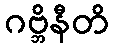
ဂဗ္ဘိနီတိ